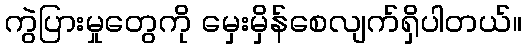
ကွဲပြားမှုတွေကို မှေးမှိန်စေလျက်ရှိပါတယ်။